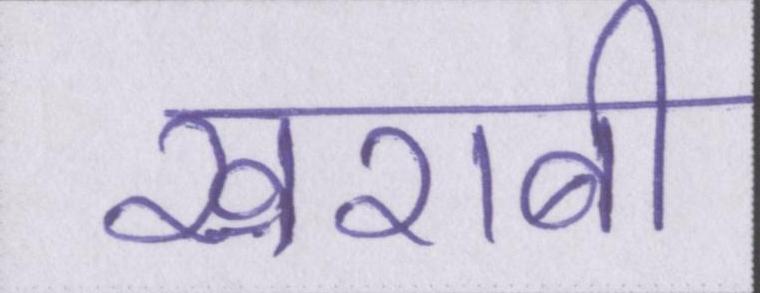
खराबी